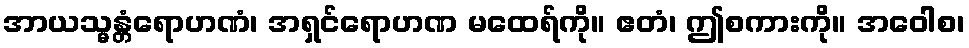
အာယသ္မန္တံရောဟဏံ၊ အရှင်ရောဟဏ မထေရ်ကို။ ဧတံ၊ ဤစကားကို။ အဝေါစ၊